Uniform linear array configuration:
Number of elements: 12
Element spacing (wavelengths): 1
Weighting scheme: hann
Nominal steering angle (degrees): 0
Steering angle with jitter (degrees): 1.138
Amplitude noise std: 0.05
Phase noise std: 0.05

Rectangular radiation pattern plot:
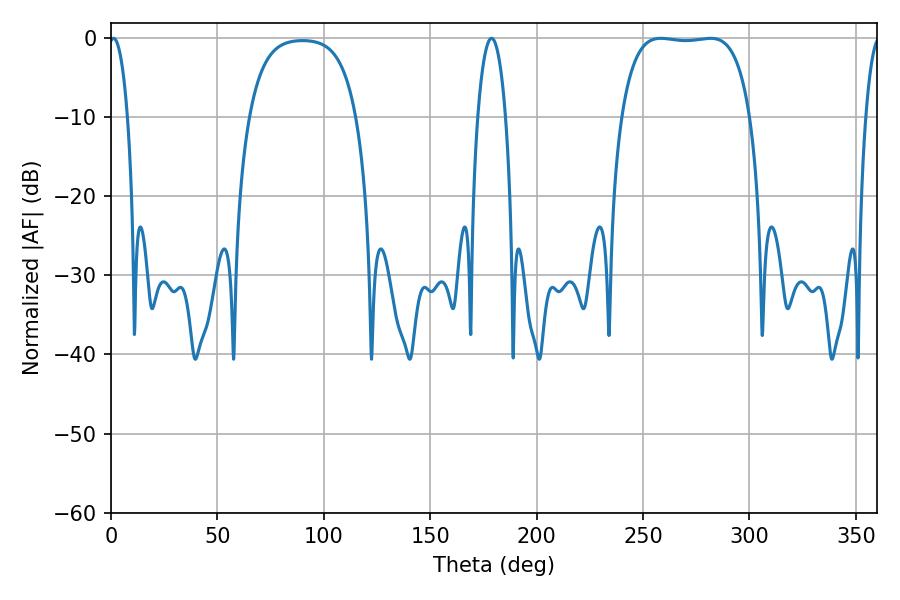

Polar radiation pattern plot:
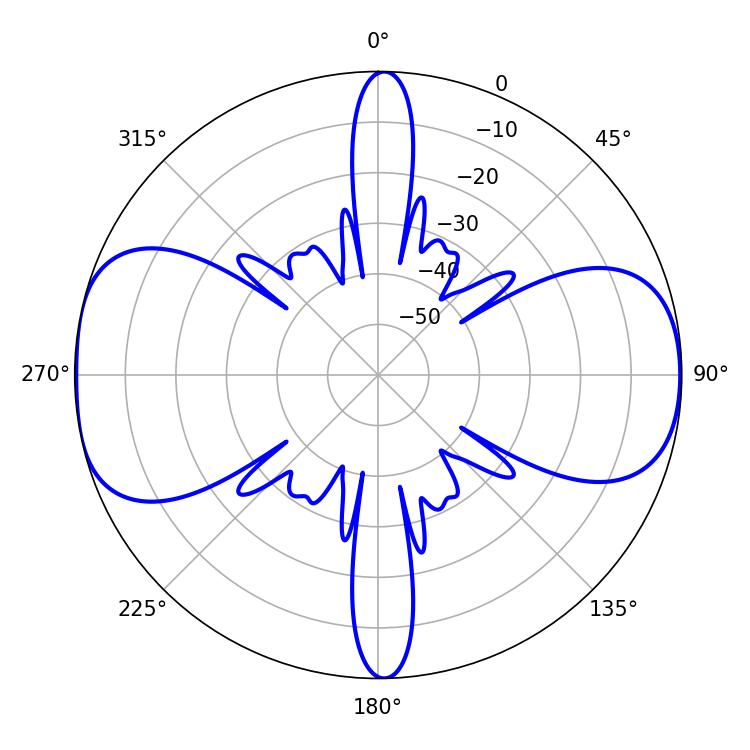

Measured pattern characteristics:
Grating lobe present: TRUE
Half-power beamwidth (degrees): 47.88
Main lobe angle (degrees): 258.3